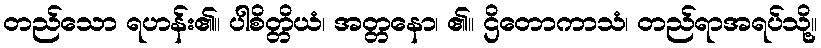
တည်သော ရဟန်း၏။ ပါစိတ္တိယံ၊ အတ္တနော၊ ၏။ ဌိတောကာသံ၊ တည်ရာအရပ်သို့။